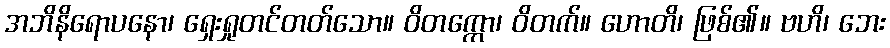
အဘိနိရောပနော၊ ရှေးရှုတင်တတ်သော။ ဝိတက္ကော၊ ဝိတက်။ ဟောတိ၊ ဖြစ်၏။ ဗဟိ၊ ဘေး